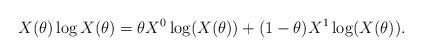
LaTeX: \begin{align*} X(\theta) \log X(\theta)= \theta X^0 \log (X(\theta))+ (1-\theta)X^1\log (X(\theta)). \end{align*}